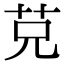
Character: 𦬺